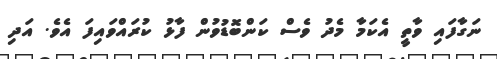
ނަގާފައި ވާތީ އެކަމާ މެދު ވެސް ކަންބޮޑުވުން ފާޅު ކުރައްވައިފަ އެވެ. އަދި